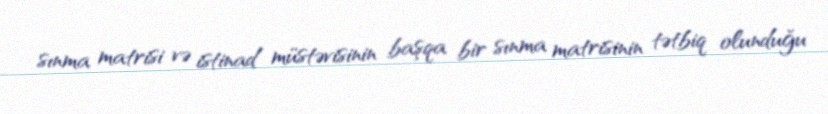
sınma matrisi və istinad müstəvisinin başqa bir sınma matrisinin tətbiq olunduğu